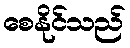
စေနိုင်သည်